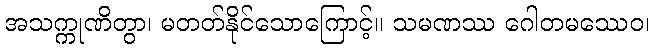
အသက္ကုဏိတွာ၊ မတတ်နိုင်သောကြောင့်။ သမဏဿ ဂေါတမဿေဝ၊